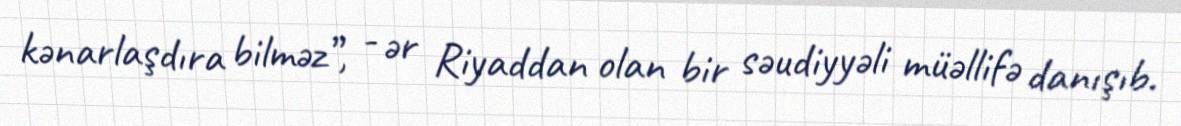
kənarlaşdıra bilməz”, - ər Riyaddan olan bir səudiyyəli müəllifə danışıb.